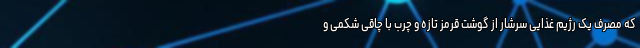
که مصرف یک رژیم غذایی سرشار از گوشت قرمز تازه و چرب با چاقی شکمی و